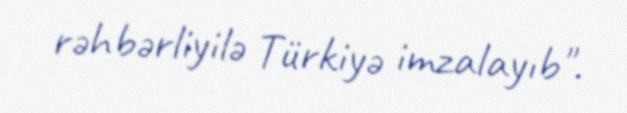
rəhbərliyilə Türkiyə imzalayıb".